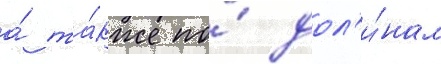
а́ та́кже по́ дол'и́нам